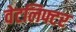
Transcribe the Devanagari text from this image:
वेटलिफ्टर